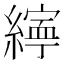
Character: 𦅜